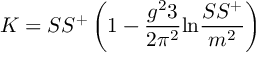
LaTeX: K = S S ^ { + } \left( 1 - { \frac { g ^ { 2 } 3 } { 2 \pi ^ { 2 } } } \mathrm { l n } { \frac { S S ^ { + } } { m ^ { 2 } } } \right)